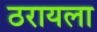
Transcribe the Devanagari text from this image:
ठरायला